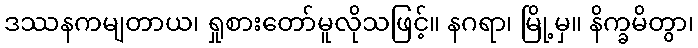
ဒဿနကမျတာယ၊ ရှုစားတော်မူလိုသဖြင့်။ နဂရာ၊ မြို့မှ။ နိက္ခမိတွာ၊